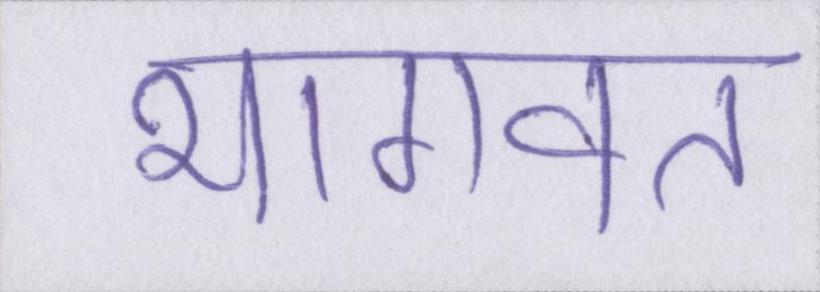
भागवत